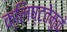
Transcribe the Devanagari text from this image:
क्लिष्टतेमुळे